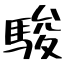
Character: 駿